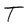
Character: T